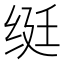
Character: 𬘩